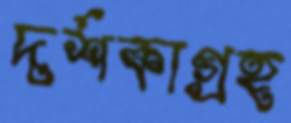
দর্শকাগ্রহ